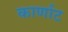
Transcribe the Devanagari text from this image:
कार्णाट